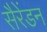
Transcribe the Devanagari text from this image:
सैरेंडन